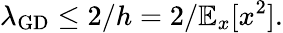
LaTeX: \lambda_{\mathrm{GD}}\leq 2/h=2/\mathbb{E}_{x}[x^{2}].